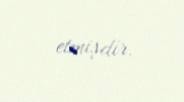
etmişdir.